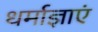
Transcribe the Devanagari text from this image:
धर्माज्ञाएं